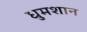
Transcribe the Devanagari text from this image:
धुमशान